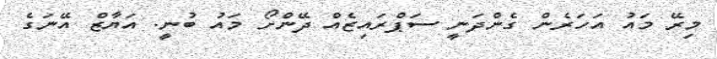
މިރޭ މައު އަހަރެން ގެންދަނީ ސަޕްރައިޒެއް ދޭންށޯ މައު ބުނީ. އަޔާޒް އޭނަގެ